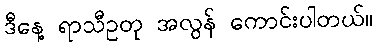
ဒီနေ့ ရာသီဥတု အလွန် ကောင်းပါတယ်။